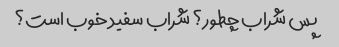
پس شراب چطور؟ شراب سفید خوب است؟